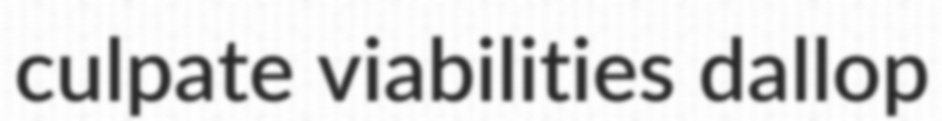
culpate viabilities dallop